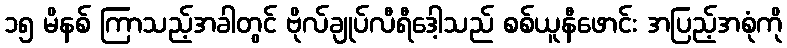
၁၅ မိနစ် ကြာသည့်အခါတွင် ဗိုလ်ချုပ်လီရီဒေါ့သည် စစ်ယူနီဖောင်း အပြည့်အစုံကို